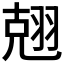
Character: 𮋃